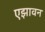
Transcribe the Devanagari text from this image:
एझावन